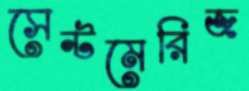
সেন্টমেরিজ